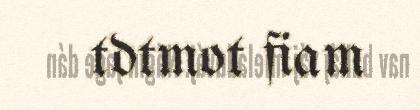
tdtmot fiam